Indian journal of veterinary science and animal husbandry - Volume 2,
Year: 1932
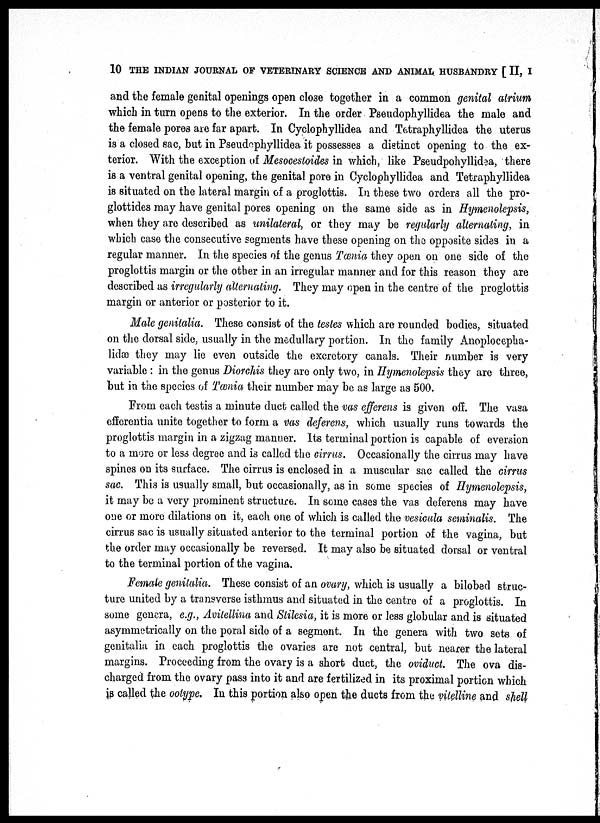
10 THE INDIAN JOURNAL OF VETERINARY SCIENCE AND ANIMAL HUSBANDRY [ II, I
and the female genital openings open close together in a common genital atrium
which in turn opens to the exterior. In the order Pseudophyllidea the male and
the female pores are far apart. In Cyclophyllidea and Tetraphyllidea the uterus
is a closed sac, but in Pseudephyllidea it possesses a distinct opening to the ex-
terior. With the exception of Mesocestoides in which, like Pseudpohyllidea, there
is a ventral genital opening, the genital pore in Cyclophyllidea and Tetraphyllidea
is situated on the lateral margin of a proglottis. In these two orders all the pro-
glottides may have genital pores opening on the same side as in Hymenolepsis,
when they are described as unilateral, or they may be regularly alternating, in
which case the consecutive segments have these opening on the opposite sides in a
regular manner. In the species of the genus Tænia they open on one side of the
proglottis margin or the other in an irregular manner and for this reason they are
described as irregularly alternating. They may open in the centre of the proglottis
margin or anterior or posterior to it.
Male genitalia. These consist of the testes which are rounded bodies, situated
on the dorsal side, usually in the medullary portion. In the family Anoplocepha¬
lidæ they may lie even outside the excretory canals. Their number is very
variable : in the genus Diorchis they are only two, in Hymenolepsis they are three,
but in the species of Tænia their number may be as large as 500.
From each testis a minute duct called the vas efferens is given off. The vasa
efferentia unite together to form a vas deferens, which usually runs towards the
proglottis margin in a zigzag manner. Its terminal portion is capable of eversion
to a more or less degree and is called the cirrus. Occasionally the cirrus may have
spines on its surface. The cirrus is enclosed in a muscular sac called the cirrus
sac. This is usually small, but occasionally, as in some species of Hymenolepsis,
it may be a very prominent structure. In some cases the vas deferens may have
one or more dilations on it, each one of which is called the vesicula seminalis. The
cirrus sac is usually situated anterior to the terminal portion of the vagina, but
the order may occasionally be reversed. It may also be situated dorsal or ventral
to the terminal portion of the vagina.
Female genitalia. These consist of an ovary, which is usually a bilobed struc-
ture united by a transverse isthmus and situated in the centre of a proglottis. In
some genera, e.g., Avitellina and Stilesia, it is more or less globular and is situated
asymmetrically on the poral side of a segment. In the genera with two sets of
genitalia in each proglottis the ovaries are not central, but nearer the lateral
margins. Proceeding from the ovary is a short duct, the oviduct. The ova dis-
charged from the ovary pass into it and are fertilized in its proximal portion which
is called the ootype. In this portion also open the ducts from the vitelline and shell